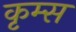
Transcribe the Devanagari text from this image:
कृम्स